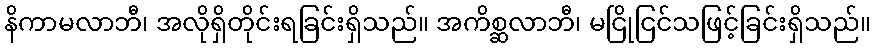
နိကာမလာဘီ၊ အလိုရှိတိုင်းရခြင်းရှိသည်။ အကိစ္ဆလာဘီ၊ မငြိုငြင်သဖြင့်ခြင်းရှိသည်။